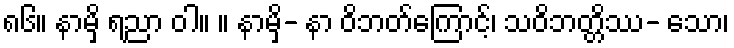
၈၆။ နာမှိ ရညာ ဝါ။ ။ နာမှိ- နာ ဝိဘတ်ကြောင့်၊ သဝိဘတ္တိဿ- သော၊